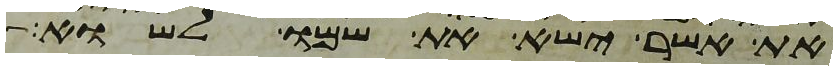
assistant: את אשר ישא את שמו לשוא